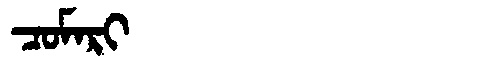
Manchu: ᠴᠣᠮᠠᡵᡳ
Romanization: COMARI